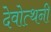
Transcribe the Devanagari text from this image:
देवोत्थनी